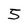
Character: 5